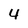
Character: 4